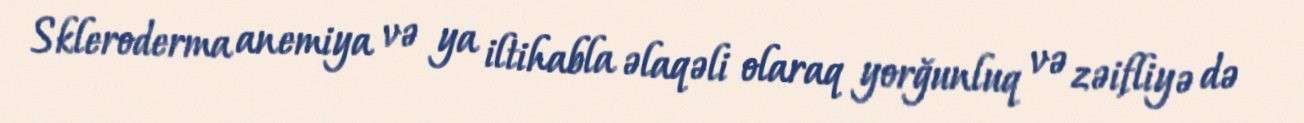
Skleroderma anemiya və ya iltihabla əlaqəli olaraq yorğunluq və zəifliyə də